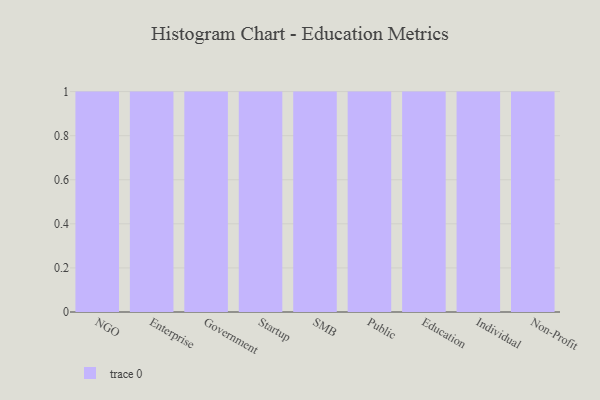
{"axis": {"x": "Segment", "y": "Bounce Rate (%)"}, "legend": [""], "data": [{"x": "NGO", "y": 95, "type": ""}, {"x": "Enterprise", "y": 23, "type": ""}, {"x": "Government", "y": 90, "type": ""}, {"x": "Startup", "y": 55, "type": ""}, {"x": "SMB", "y": 42, "type": ""}, {"x": "Public", "y": 87, "type": ""}, {"x": "Education", "y": 49, "type": ""}, {"x": "Individual", "y": 75, "type": ""}, {"x": "Non-Profit", "y": 74, "type": ""}]}